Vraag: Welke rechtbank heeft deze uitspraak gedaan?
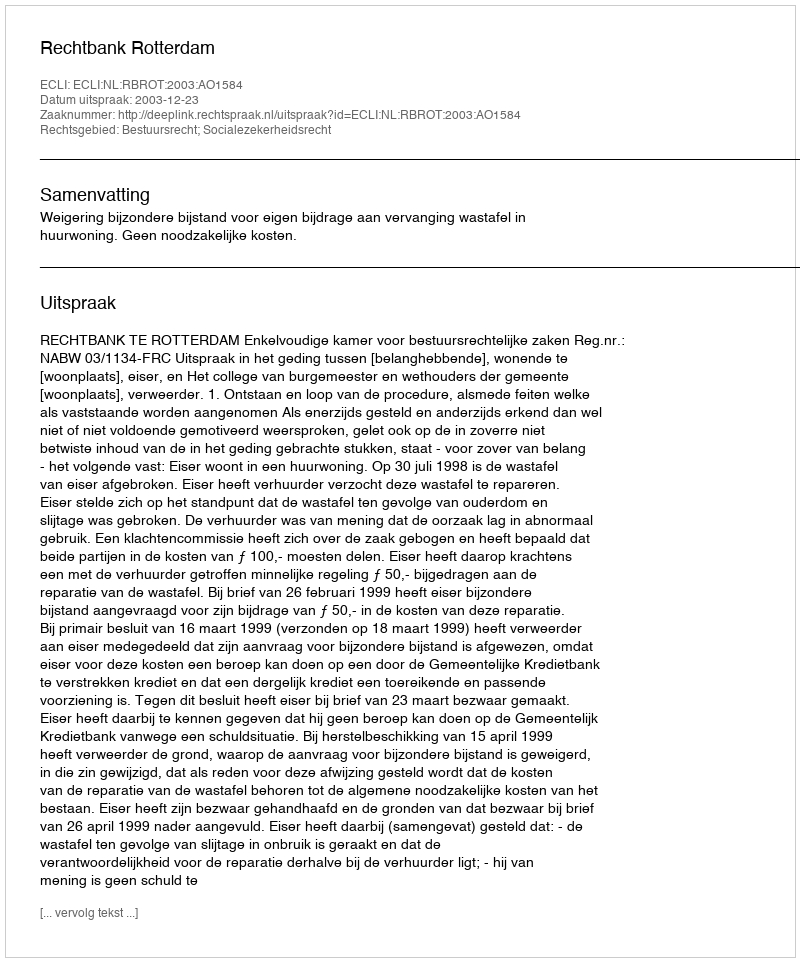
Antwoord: Rechtbank Rotterdam